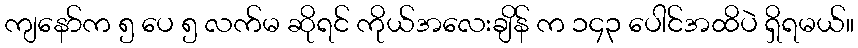
ကျနော်က ၅ ပေ ၅ လက်မ ဆိုရင် ကိုယ်အလေးချိန် က ၁၄၃ ပေါင်အထိပဲ ရှိရမယ်။